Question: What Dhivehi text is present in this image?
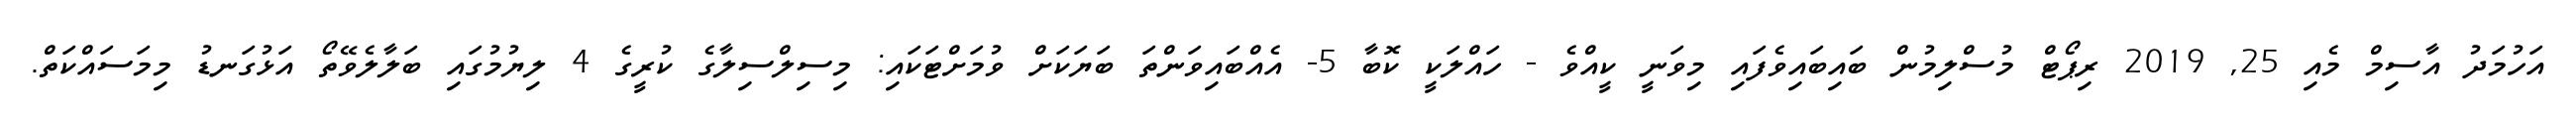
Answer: އަހުމަދު އާސިމް މެއި 25, 2019 ރިޕޯޓް މުސްލިމުން ބައިބައިވެފައި މިވަނީ ކީއްވެ - ހައްލަކީ ކޮބާ 5- އެއްބައިވަންތަ ބަޔަކަށް ވުމަށްޓަކައި: މިސިލްސިލާގެ ކުރީގެ 4 ލިޔުމުގައި ބަލާލެވޭތޯ އަޅުގަނޑު މިމަސައްކަތް.